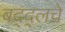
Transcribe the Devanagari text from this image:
बद्द्लचे